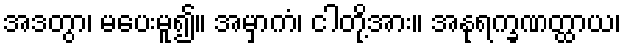
အဒတွာ၊ မပေးမူ၍။ အမှာကံ၊ ငါတို့အား။ အနုရက္ခဏတ္ထာယ၊